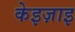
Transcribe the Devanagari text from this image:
केइज़ाइ